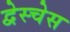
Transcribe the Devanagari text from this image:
द्वेस्चेस